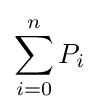
\sum _{i=0}^{n}P_{i}